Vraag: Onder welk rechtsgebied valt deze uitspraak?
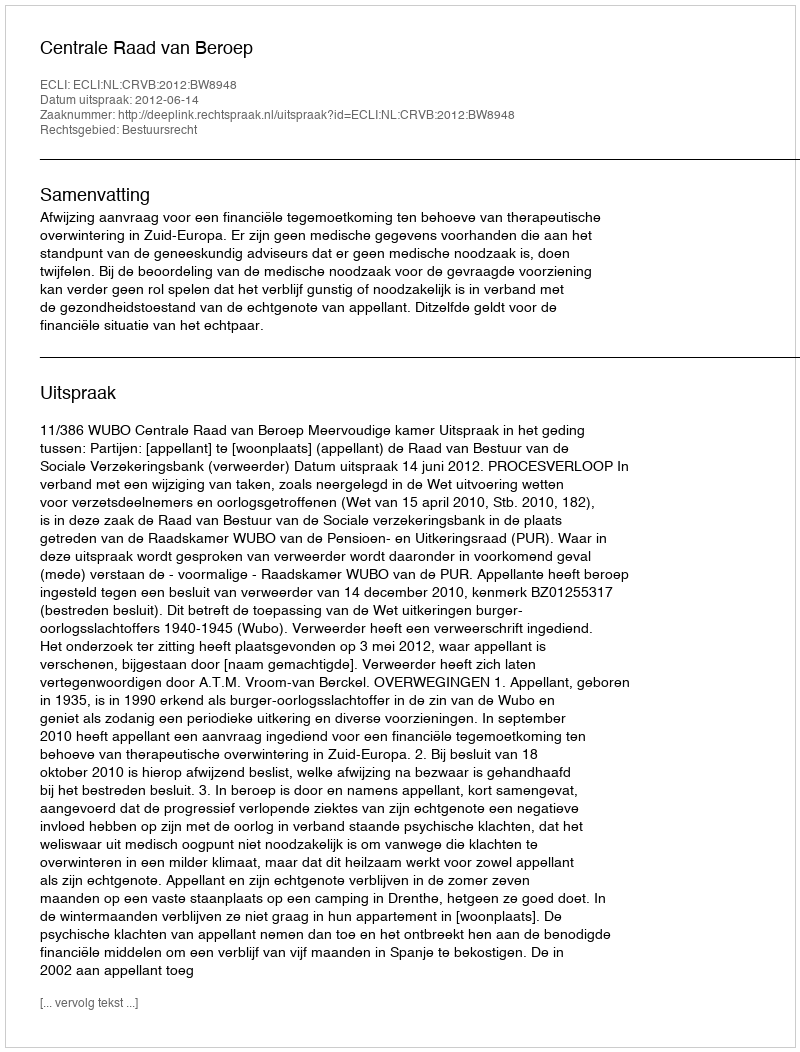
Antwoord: Bestuursrecht